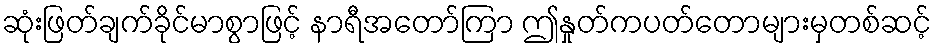
ဆုံးဖြတ်ချက်ခိုင်မာစွာဖြင့် နာရီအတော်ကြာ ဤနှုတ်ကပတ်တောများမှတစ်ဆင့်